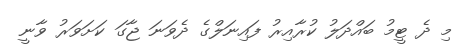
މި ދެ ޓީމު ބައްދަލު ކުރާއިރު ފައިނަލްގެ ދެވަނަ ޖާގަ ކަށަވަރު ވާނީ